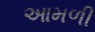
આમળી